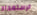
الإستعداد